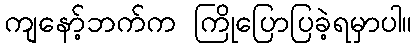
ကျနော့်ဘက်က ကြိုပြောပြခဲ့ရမှာပါ။